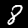
Label: 8